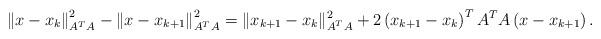
LaTeX: \begin{align*}\left\Vert x-x_{k}\right\Vert _{A^{T}A}^{2}-\left\Vert x-x_{k+1}\right\Vert _{A^{T}A}^{2} = \Vert x_{k+1}-x_{k} \Vert_{A^{T}A}^2 + 2\left(x_{k+1}-x_{k}\right)^{T}A^{T}A\left(x-x_{k+1}\right).\end{align*}